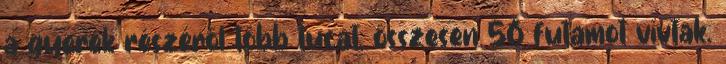
a gyerek részéről több tucat, összesen 56 futamot vívtak.